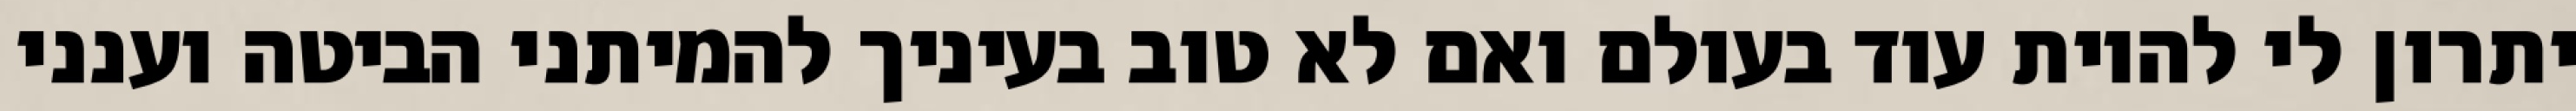
יתרון לי להיות עוד בעולם ואם לא טוב בעיניך להמיתני הביטה וענני